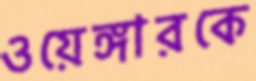
ওয়েঙ্গারকে